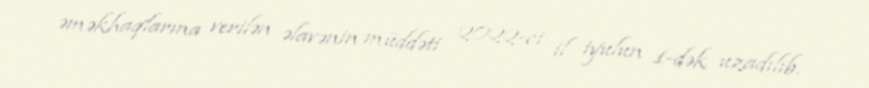
əməkhaqlarına verilən əlavənin müddəti 2022-ci il iyulun 1-dək uzadılıb.